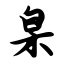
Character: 臬